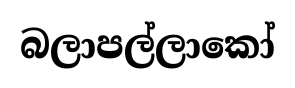
බලාපල්ලාකෝ